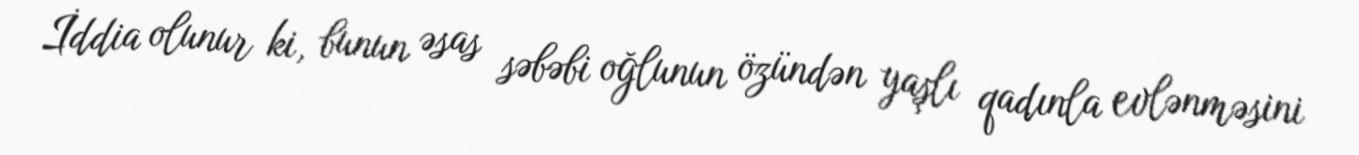
İddia olunur ki, bunun əsas səbəbi oğlunun özündən yaşlı qadınla evlənməsini